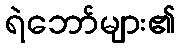
ရဲဘော်များ၏